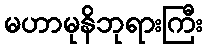
မဟာမုနိဘုရားကြီး